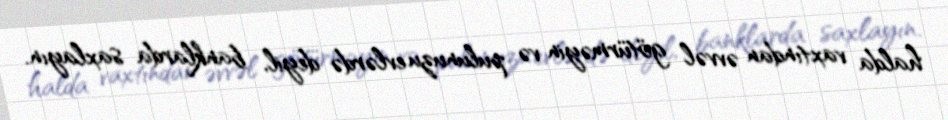
halda vaxtından əvvəl götürməyin və pulunuzu evlərdə deyil, banklarda saxlayın.